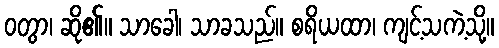
ဝတွာ၊ ဆို၏။ သာခေါ၊ သာခသည်။ စရိယထာ၊ ကျင့်သကဲ့သို့။